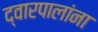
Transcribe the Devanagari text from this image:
द्वारपालांना